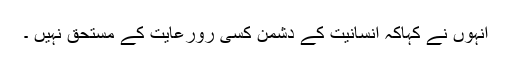
انہوں نے کہاکہ انسانیت کے دشمن کسی رورعایت کے مستحق نہیں ۔